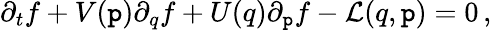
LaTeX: {\partial_{t}f}+V(\mathtt{p}){\partial_{q}f}+U(q){\partial_{\mathtt{p}}f}-\mathcal{{L}}(q,\mathtt{p})=0\, ,